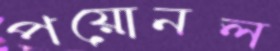
পয়োনল